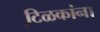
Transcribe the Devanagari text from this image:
टि़ळकांना